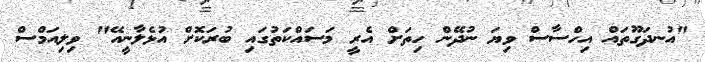
"އުނދަގޫތައް އިހްސާސް ވިޔަ ނުދޭން ހިތަށް އެރީ މަސައްކަތުގައި ބުރަކޮށް އުޅެލާނީއޭ" ވިލިއަމްސް